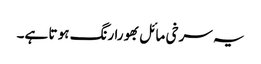
یہ سرخی مائل بھورا رنگ ہو تا ہے۔